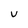
Character: U